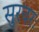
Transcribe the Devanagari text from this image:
सुरवरः